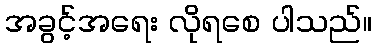
အခွင့်အရေး လိုရစေ ပါသည်။